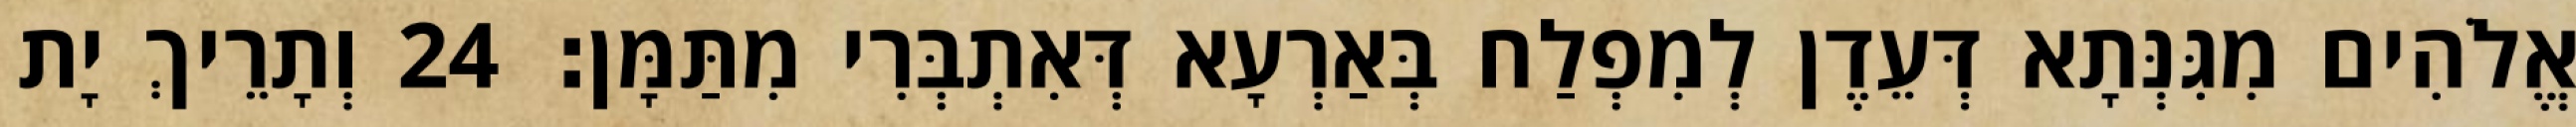
אֱלֹהִים מִגִּנְּתָא דְּעֵדֶן לְמִפְלַח בְּאַרְעָא דְּאִתְבְּרִי מִתַּמָּן׃ 24 וְתָרֵיךְ יָת